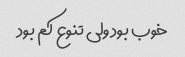
خوب بود ولی تنوع کم بود